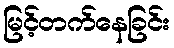
မြင့်တက်နေခြင်း